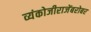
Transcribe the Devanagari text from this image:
व्यंकोजीराजेंबरोबर